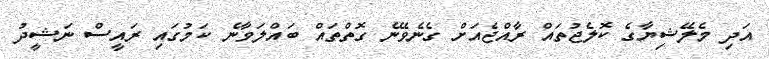
އަދި މެލޭޝިޔާގެ ކޮލެޖުތައް ރާއްޖެއަށް ގެނެވޭނެ ގޮތްތައް ބައްލަވާނެ ކަމުގައި ރައީސް ނަޝީދު